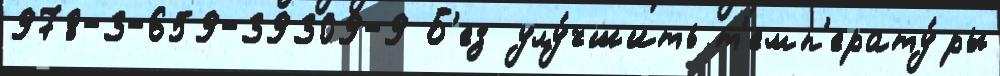
978-3-659-39309-9 Б'ез улу́чшить т'емп'ерату́ры